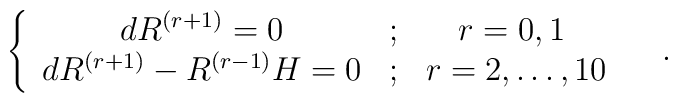
\left\{ \begin{array}{ccc}dR^{\left( r+1\right) }=0 & ; & r=0,1\; \\ dR^{\left( r+1\right) }-R^{\left( r-1\right) }H=0 & ; & r=2,\ldots ,10\end{array}\right. \quad .